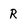
Character: R